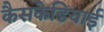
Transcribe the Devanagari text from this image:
कैसकेडियाई